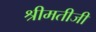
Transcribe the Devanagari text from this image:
श्रीमतीजी